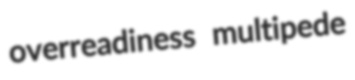
overreadiness multipede